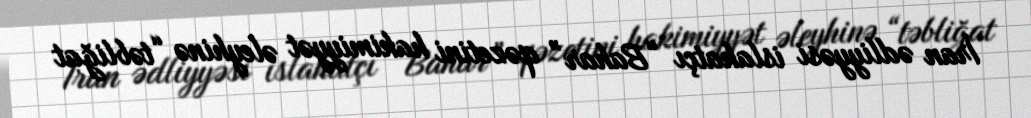
İran ədliyyəsi islahatçı “Bahar” qəzetini hakimiyyət əleyhinə “təbliğat